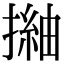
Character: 𢳏